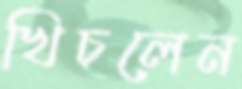
খিচলেন